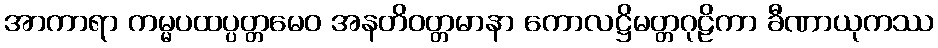
အာကာရာ ကမ္မပထပ္ပတ္တမေဝ အနတိဝတ္တမာနာ ကောလဋ္ဌိမတ္တဂုဠိကာ ခီဏာယုကဿ